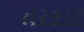
તરકાર